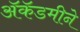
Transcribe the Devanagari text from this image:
ॲकॅडमीने